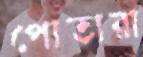
পোতারা